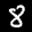
Label: 8